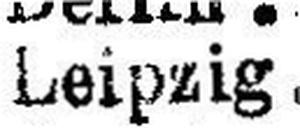
Leipzig